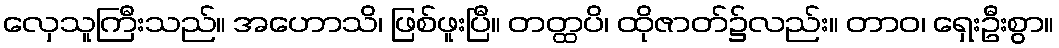
လှေသူကြီးသည်။ အဟောသိ၊ ဖြစ်ဖူးပြီ။ တတ္ထပိ၊ ထိုဇာတ်၌လည်း။ တာဝ၊ ရှေးဦးစွာ။